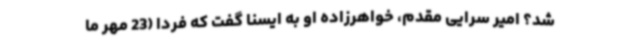
شد؟ امیر سرایی مقدم، خواهرزاده او به ایسنا گفت که فردا (23 مهر ما